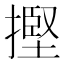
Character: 摼